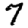
Digit: 7